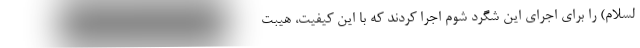
لسلام) را برای اجرای این شگرد شوم اجرا کردند که با این کیفیت، هیبت